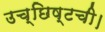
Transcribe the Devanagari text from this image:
उच्छिष्टची।